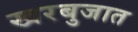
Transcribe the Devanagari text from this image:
खरबुजात